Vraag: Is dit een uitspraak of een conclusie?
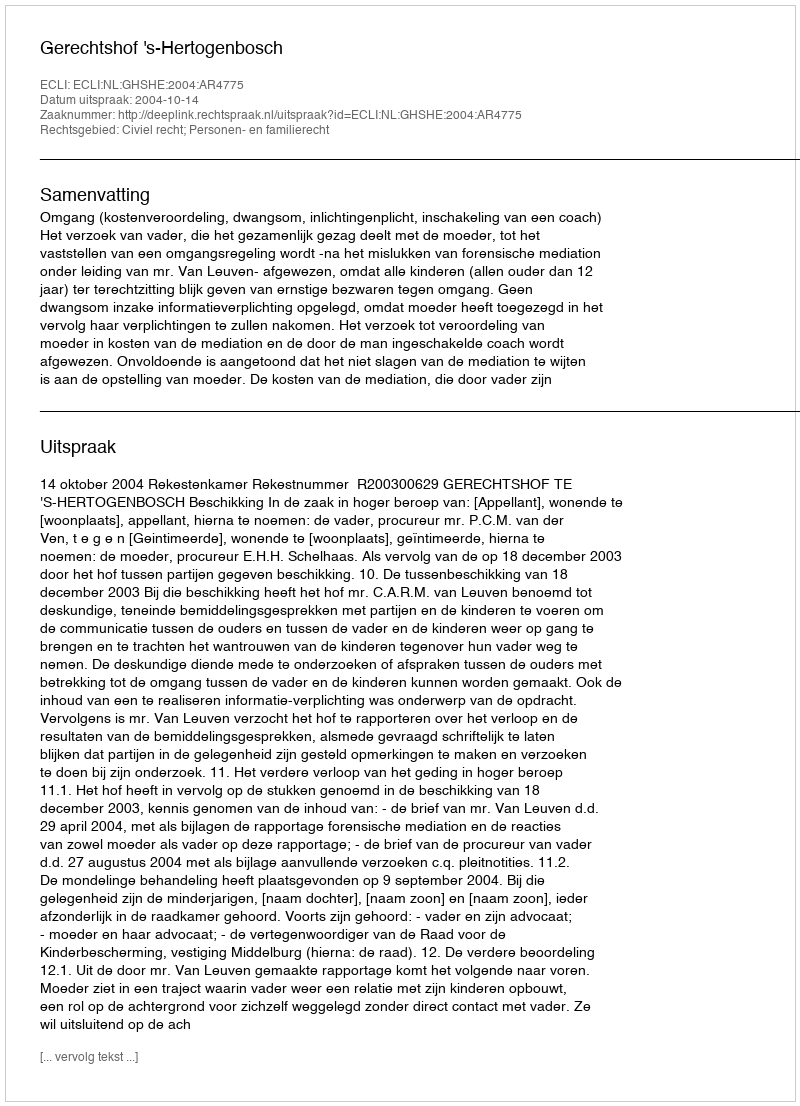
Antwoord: Uitspraak